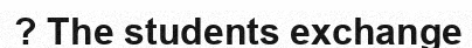
? The students exchange